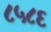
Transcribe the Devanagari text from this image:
८५८६